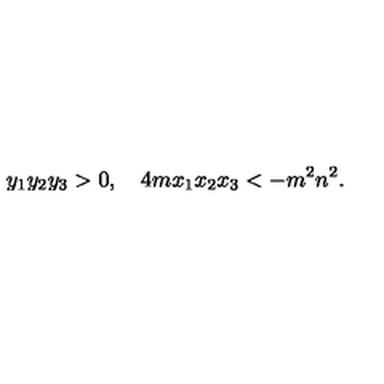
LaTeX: y _ { 1 } y _ { 2 } y _ { 3 } > 0 , \quad 4 m x _ { 1 } x _ { 2 } x _ { 3 } < - m ^ { 2 } n ^ { 2 } .